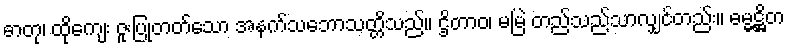
ဓာတု၊ ထိုကျေး ဇူးပြုတတ်သော အနက်သဘောသတ္တိသည်။ ဌိတာဝ၊ မမြဲ တည်သည်သာလျှင်တည်း။ ဓမ္မဋ္ဌိတ